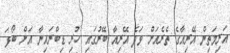
އަރިމަތިން އޭރިއާގެ ތެރެއަށް ވަދެ އޭރިއާ ބޭރުގައި ހުރި ޑިބްރައިނާ އަށް ބޯޅަ